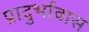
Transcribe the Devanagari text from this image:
प्रादुर्भावास